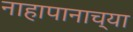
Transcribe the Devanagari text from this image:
नाहापानाच्या